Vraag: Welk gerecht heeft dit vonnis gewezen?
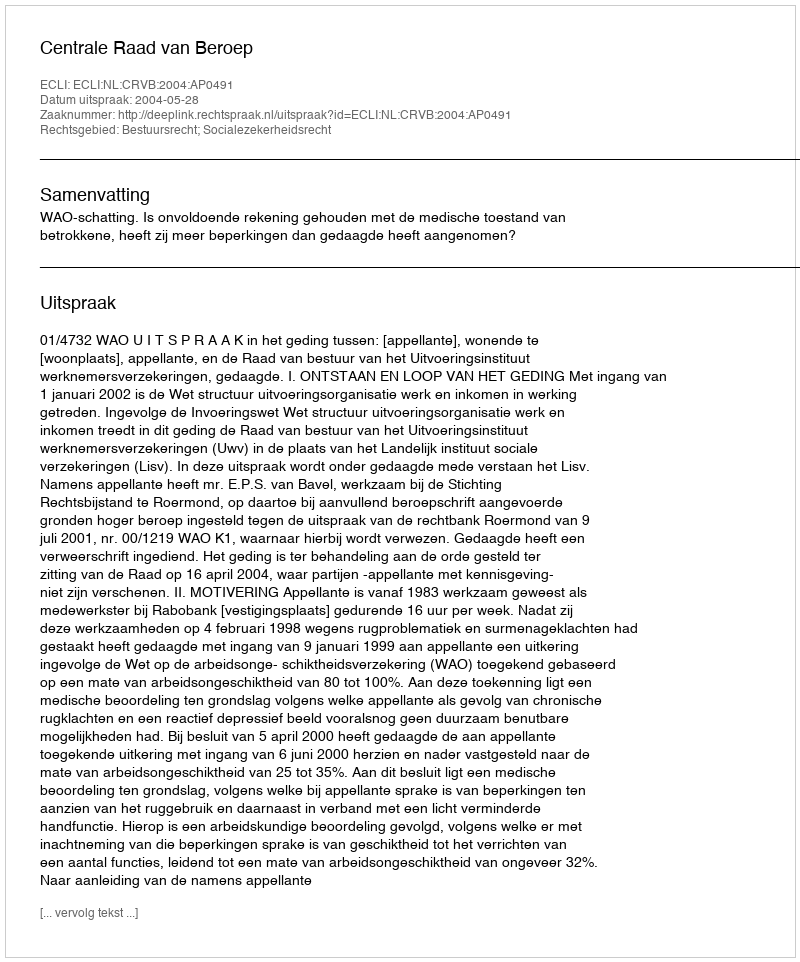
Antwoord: Centrale Raad van Beroep